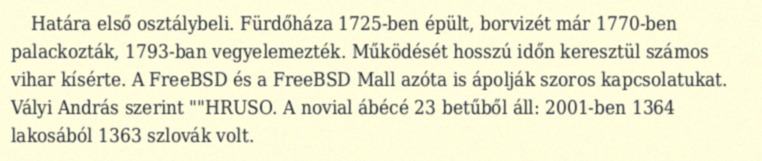
Határa első osztálybeli. Fürdőháza 1725-ben épült, borvizét már 1770-ben palackozták, 1793-ban vegyelemezték. Működését hosszú időn keresztül számos vihar kísérte. A FreeBSD és a FreeBSD Mall azóta is ápolják szoros kapcsolatukat. Vályi András szerint ""HRUSO. A novial ábécé 23 betűből áll: 2001-ben 1364 lakosából 1363 szlovák volt.